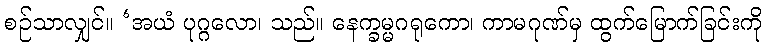
စဉ်သာလျှင်။ ‘အယံ ပုဂ္ဂလော၊ သည်။ နေက္ခမ္မဂရုကော၊ ကာမဂုဏ်မှ ထွက်မြောက်ခြင်းကို